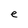
Character: e